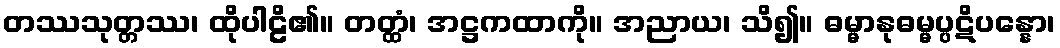
တဿသုတ္တဿ၊ ထိုပါဠိ၏။ တတ္ထံ၊ အဋ္ဌကထာကို။ အညာယ၊ သိ၍။ ဓမ္မာနုဓမ္မပ္ပဋိပန္နော၊